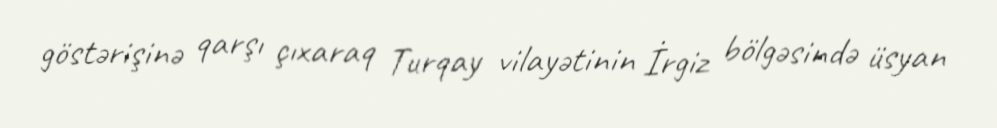
göstərişinə qarşı çıxaraq Turqay vilayətinin İrgiz bölgəsində üsyan